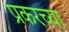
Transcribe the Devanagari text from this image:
प्रकरच्या